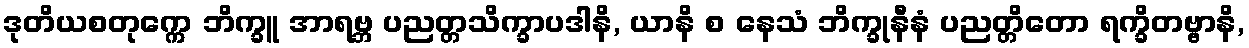
ဒုတိယစတုက္ကေ ဘိက္ခူ အာရဗ္ဘ ပညတ္တသိက္ခာပဒါနိ, ယာနိ စ နေသံ ဘိက္ခုနီနံ ပညတ္တိတော ရက္ခိတဗ္ဗာနိ,